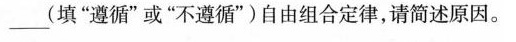
___(填”遵循”或”不遵循”)自由组合定律，请简述原因。